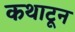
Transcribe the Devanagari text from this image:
कथाटून